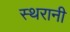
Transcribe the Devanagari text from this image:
स्थरानी